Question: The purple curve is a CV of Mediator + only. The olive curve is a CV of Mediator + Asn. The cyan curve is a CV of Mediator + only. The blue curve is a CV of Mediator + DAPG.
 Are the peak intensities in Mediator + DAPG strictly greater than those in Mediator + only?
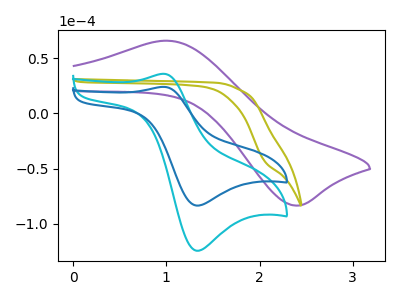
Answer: <think>The purple curve "Mediator + only" has an anodic peak at (1.00V, 66.15uA) and a cathodic peak at (2.35V, -83.65uA). The olive curve "Mediator + Asn" has no peaks. The cyan curve "Mediator + only" has an anodic peak at (0.95V, 36.10uA) and a cathodic peak at (1.30V, -124.70uA). The blue curve "Mediator + DAPG" has an anodic peak at (0.95V, 24.20uA) and a cathodic peak at (1.30V, -83.65uA).</think>
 <answer>Every peak in "Mediator + DAPG" is lower than every peak in "Mediator + only".</answer>
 <eval>lower</eval>